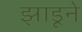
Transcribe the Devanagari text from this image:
झाडूने